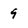
Character: 9